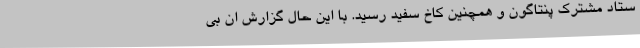
ستاد مشترک پنتاگون و همچنین کاخ سفید رسید. با این حال گزارش ان بی